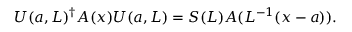
U ( a , L ) ^ { \dagger } A ( x ) U ( a , L ) = S ( L ) A ( L ^ { - 1 } ( x - a ) ) .